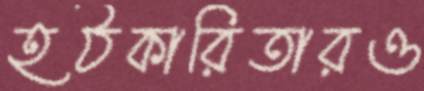
হঠকারিতারও